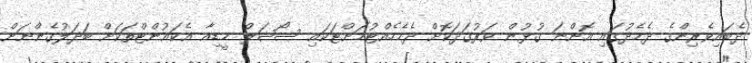
ދެބައިވެރިންގެ ދެމެދުގައި އޮންނަ ގުޅުން ވަރުގަދަކޮށް ދެމެހެއްޓުމަށްޓަކައި ސޯޝަލް މީޑިއާ އެކައުންޓްތަކަށް ބަދަލުގެންނަށް